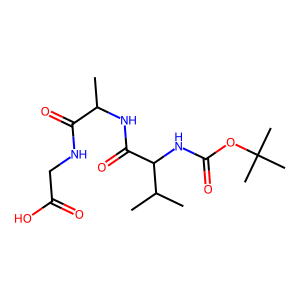
SMILES: CC(NC(=O)C(NC(=O)OC(C)(C)C)C(C)C)C(=O)NCC(=O)O
Inhibits HIV replication: No